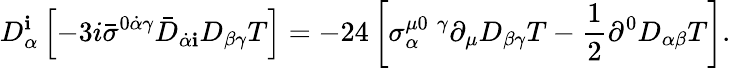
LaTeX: D_{\alpha}^{\mathbf i}\left[-3i{\bar{\sigma}}^{0\dot{\alpha}\gamma}{\bar{D}}_{\dot{\alpha}{\mathbf i}}D_{\beta\gamma}T\right]=-24\left[\sigma_{\alpha}^{\mu 0\, \, \gamma}\partial_{\mu}D_{\beta\gamma}T-\frac{1}{2}\partial^{0}D_{\alpha\beta}T\right].